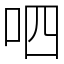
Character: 呬